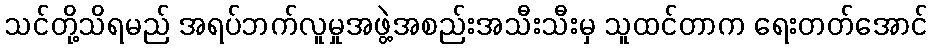
သင်တို့သိရမည် အရပ်ဘက်လူမှုအဖွဲ့အစည်းအသီးသီးမှ သူထင်တာက ရေးတတ်အောင်